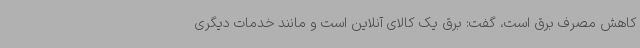
کاهش مصرف برق است، گفت: برق یک کالای آنلاین است و مانند خدمات دیگری